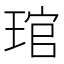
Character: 琯